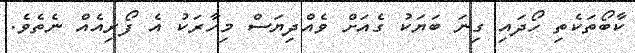
ކާބޯތަކެތި ހޯދައި ގިނަ ބަޔަކު ގެއަށް ވެއްދިޔަސް މިހާރަކު އެ ފޯރިއެއް ނެތެވެ.